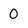
Character: 0